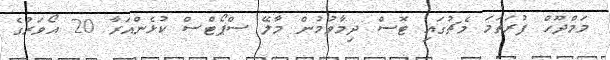
މަމްދޫހް ފުރަތަމަ މެޗުގައި ޓޮސް ދިމާވުމުން މާލޭ ސްޕޯޓްސް ކުޅެންއަރާ 20 އޯވަރުގެ